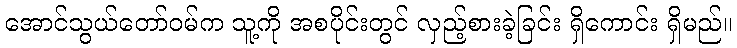
အောင်သွယ်တော်ဝမ်က သူ့ကို အစပိုင်းတွင် လှည့်စားခဲ့ခြင်း ရှိကောင်း ရှိမည်။